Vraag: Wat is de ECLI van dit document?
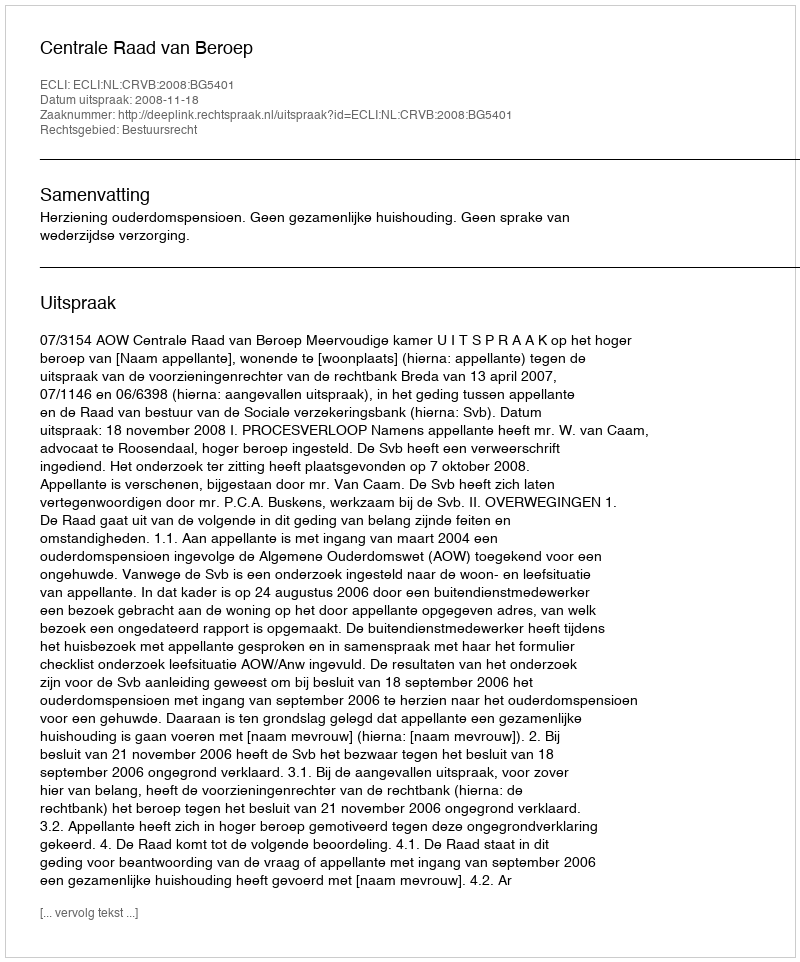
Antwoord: ECLI:NL:CRVB:2008:BG5401